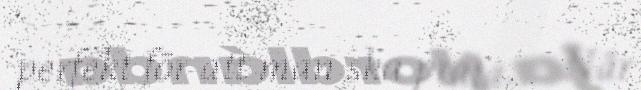
perfekt för att man ska prata. – När